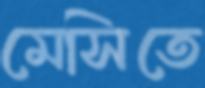
মেসিতে